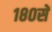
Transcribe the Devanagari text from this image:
१८०सें